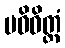
ပဝိဝိတ္တံ